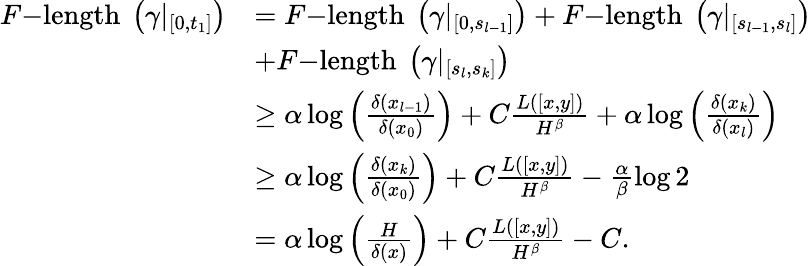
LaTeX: \begin{array}{rl}{F\mathrm{-length~}\left(\gamma|_{\left[0,t_{1}\right]}\right)}&{=F\mathrm{-length~}\left(\gamma|_{\left[0,s_{l-1}\right]}\right)+F\mathrm{-length~}\left(\gamma|_{\left[s_{l-1},s_{l}\right]}\right)}\\ &{+F\mathrm{-length~}\left(\gamma|_{\left[s_{l},s_{k}\right]}\right)}\\ &{\geq\alpha\log\left(\frac{\delta\left(x_{l-1}\right)}{\delta\left(x_{0}\right)}\right)+C\frac{L([x,y])}{H^{\beta}}+\alpha\log\left(\frac{\delta\left(x_{k}\right)}{\delta\left(x_{l}\right)}\right)}\\ &{\geq\alpha\log\left(\frac{\delta\left(x_{k}\right)}{\delta\left(x_{0}\right)}\right)+C\frac{L([x,y])}{H^{\beta}}-\frac{\alpha}{\beta}\log 2}\\ &{=\alpha\log\left(\frac{H}{\delta(x)}\right)+C\frac{L([x,y])}{H^{\beta}}-C.}\end{array}